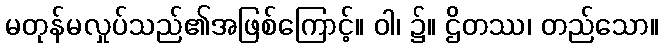
မတုန်မလှုပ်သည်၏အဖြစ်ကြောင့်။ ဝါ၊ ၌။ ဌိတဿ၊ တည်သော။